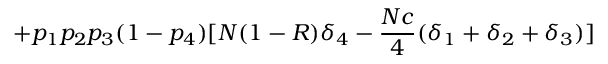
+ p _ { 1 } p _ { 2 } p _ { 3 } ( 1 - p _ { 4 } ) [ N ( 1 - R ) \delta _ { 4 } - { \frac { N c } { 4 } } ( \delta _ { 1 } + \delta _ { 2 } + \delta _ { 3 } ) ]